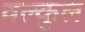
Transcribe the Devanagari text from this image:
वल्कुल